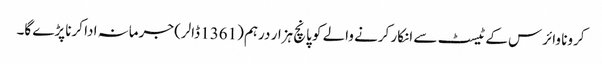
کرونا وائرس کے ٹیسٹ سے انکار کرنے والے کو پانچ ہزار درہم (1361 ڈالر) جرمانہ ادا کرنا پڑے گا۔